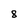
Character: 8